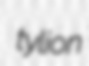
tylion